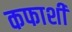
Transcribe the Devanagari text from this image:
कफाशी